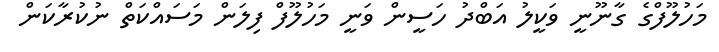
މަހުލޫފްގެ ގާނޫނީ ވަކީލު އަބްދު ހަސީން ވަނީ މަހުލޫފް ފިލަން މަސައްކަތް ނުކުރާކަން